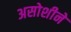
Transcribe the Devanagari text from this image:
असोशीने